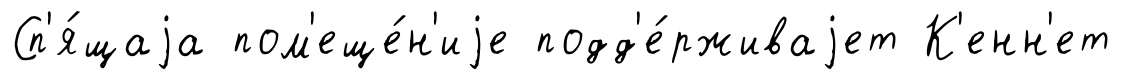
Сп'я́щаjа пом'еще́н'иjе подд'е́рживаjет К'енн'ет